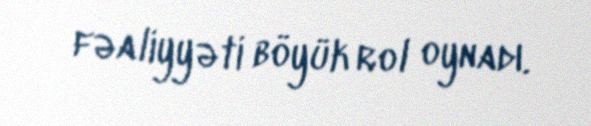
fəaliyyəti böyük rol oynadı.